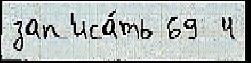
зап'иса́ть 69  4